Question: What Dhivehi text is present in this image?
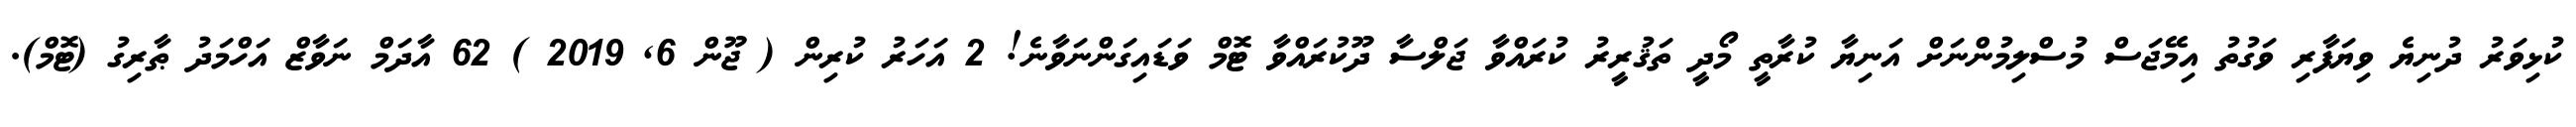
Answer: ކުޅިވަރު ދުނިޔެ ވިޔަފާރި ވަގުތު އިމޭޖަސް މުސްލިމުންނަށް އަނިޔާ ކުރާތީ މޯދީ ތަޤުރީރު ކުރައްވާ ޖަލްސާ ދޫކުރައްވާ ޓޮމް ވަޑައިގަންނަވާނެ! 2 އަހަރު ކުރިން ( ޖޫން 6, 2019 ) 62 އާދަމް ނަވާޒް އަހްމަދު ޠާރިގު (ޓޮމް).